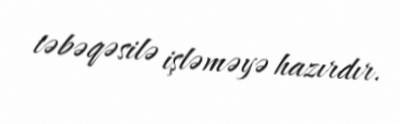
təbəqəsilə işləməyə hazırdır.